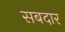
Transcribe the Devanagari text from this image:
सबदार